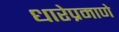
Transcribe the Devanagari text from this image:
धारेप्रमाणे